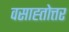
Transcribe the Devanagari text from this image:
वसाह्तोत्तर